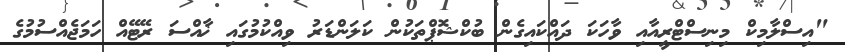
"އިސްލާމިކް މިނިސްޓްރީއާއި ވާހަކަ ދައްކައިގެން ބުކްޝޮޕްތަކުން ކަލަންޑަރު ވިއްކުމުގައި ޚާއްސަ ރޭޓޭއް ހަމަޖެއްސުމުގެ